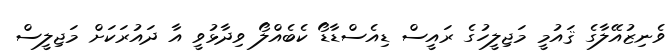
ވެނިޒުއޭލާގެ ޤައުމީ މަޖިލީހުގެ ރައީސް ޑިއެސްޑާޑޯ ކެބެއްލޯ ވިދާޅުވީ އާ ދައުރަކަށް މަޖިލީސް